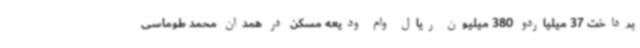
پرداخت 37 میلیاردو 380 میلیون ریال وام ودیعه مسکن در همدان محمد طوماسی